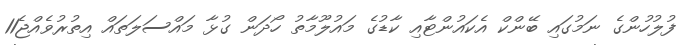
ފުލުހުންގެ ނަމުގައި ބޭންކް އެކައުންޓާއި ކާޑުގެ މައުލޫމާތު ހޯދަން ގުޅާ މައްސަލަތައް އިތުރުވެއްޖެ11